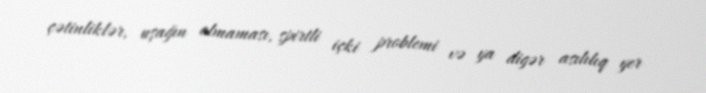
çətinliklər, uşağın olmaması, spirtli içki problemi və ya digər asılılıq yer